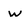
Character: w